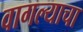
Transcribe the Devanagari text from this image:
वागल्याचा